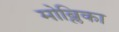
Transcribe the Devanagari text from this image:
मोब्लिका